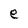
Character: e